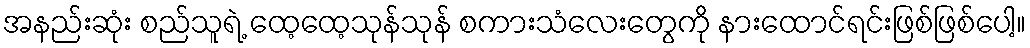
အနည်းဆုံး စည်သူရဲ့ ထေ့ထေ့သုန်သုန် စကားသံလေးတွေကို နားထောင်ရင်းဖြစ်ဖြစ်ပေါ့။